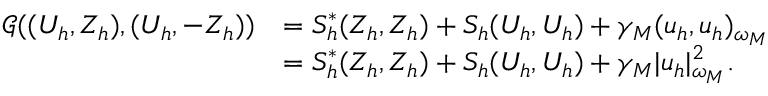
\begin{array} { r l } { \mathcal { G } ( ( U _ { h } , Z _ { h } ) , ( U _ { h } , - Z _ { h } ) ) } & { = S _ { h } ^ { \ast } ( Z _ { h } , Z _ { h } ) + S _ { h } ( U _ { h } , U _ { h } ) + \gamma _ { M } ( { u } _ { h } , { u } _ { h } ) _ { \omega _ { M } } } \\ & { = S _ { h } ^ { \ast } ( Z _ { h } , Z _ { h } ) + S _ { h } ( U _ { h } , U _ { h } ) + \gamma _ { M } | { u } _ { h } | _ { \omega _ { M } } ^ { 2 } . } \end{array}